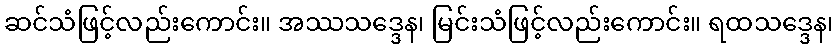
ဆင်သံဖြင့်လည်းကောင်း။ အဿသဒ္ဒေန၊ မြင်းသံဖြင့်လည်းကောင်း။ ရထသဒ္ဒေန၊